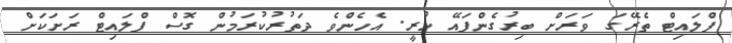
ފްލައިޓް ތެރޭގަ ވަރަށް ބިރުގެންފައޭ ހުރީ. އެހެންވެ ދަތުރުކުރަމުން ގޮސް ފްލައިޓް ރަށަކަށް